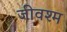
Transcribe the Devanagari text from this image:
जीवश्म